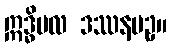
ဣဒ္ဓိဗလ ဒဿနပဥှ။